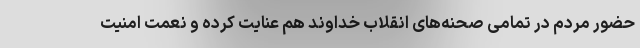
حضور مردم در تمامی صحنه‌های انقلاب خداوند هم عنایت کرده و نعمت امنیت